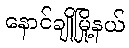
နောင်ချိုမြို့နယ်